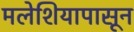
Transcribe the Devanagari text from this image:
मलेशियापासून